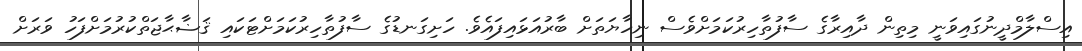
އިސްލާމްދީނުގައިވަނީ މިތިން ދާއިރާގެ ސާފުތާހިރުކަމަށްވެސް ނިހާޔަތަށް ބާރުއަޅައިފައެވެ. ހަށިގަނޑުގެ ސާފުތާހިރުކަމަށްޓަކައި ޤަޟާޙާޖަތްކުރުމަށްފަހު ވަރަށް